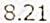
8.21